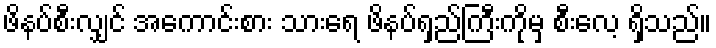
ဖိနပ်စီးလျှင် အကောင်းစား သားရေ ဖိနပ်ရှည်ကြီးကိုမှ စီးလေ့ ရှိသည်။